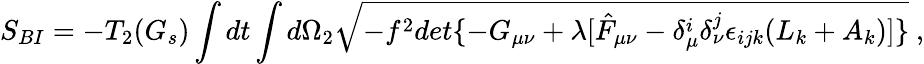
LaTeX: S_{BI}=-T_{2}(G_{s})\int dt\int d\Omega_{2}\sqrt{-f^{2}det\{ -G_{\mu\nu}+\lambda[\hat{F}_{\mu\nu}-\delta_{\mu}^{i}\delta_{\nu}^{j}\epsilon_{ijk}(L_{k}+A_{k})]\} }\ ,